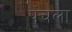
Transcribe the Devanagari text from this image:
पंचला